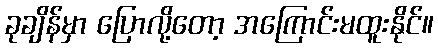
ခုချိန်မှာ ပြောလို့တော့ အကြောင်းမထူးနိုင်။